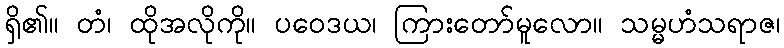
ရှိ၏။ တံ၊ ထိုအလိုကို။ ပဝေဒယ၊ ကြားတော်မူလော။ သမ္မဟံသရာဇ၊